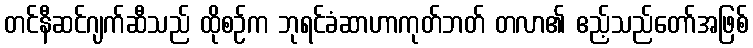
တင်နီဆင်ဂျက်ဆီသည် ထိုစဉ်က ဘုရင်ခံဆာဟာကုတ်ဘတ် တလာ၏ ဧည့်သည်တော်အဖြစ်